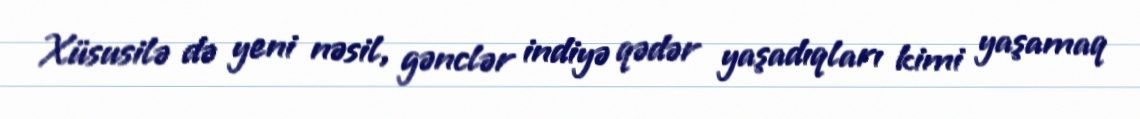
Xüsusilə də yeni nəsil, gənclər indiyə qədər yaşadıqları kimi yaşamaq